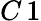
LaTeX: C\, 1